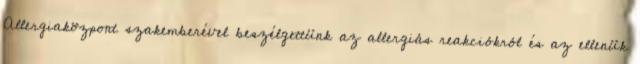
Allergiaközpont szakemberével beszélgettünk az allergiás reakciókról és az ellenük